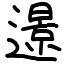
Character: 𨗈